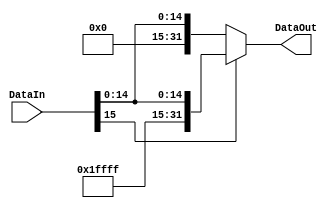
module BitExtender (DataIn, DataOut); //Extensor de bits de 16 para 32

	input [15:0] DataIn;
	output reg [31:0] DataOut;


	always @ (*)
		begin
			if(DataIn[15])
				DataOut = {16'b1111111111111111, DataIn};
			else
				DataOut = {16'b0, DataIn};
		end


endmodule